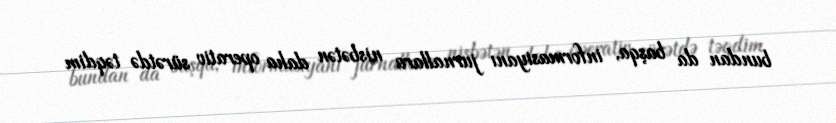
bundan da başqa, informasiyanı jurnallara nisbətən daha operativ sürətdə təqdim